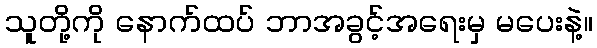
သူတို့ကို နောက်ထပ် ဘာအခွင့်အရေးမှ မပေးနဲ့။